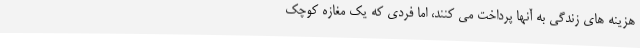
هزینه های زندگی به آنها پرداخت می کنند، اما فردی که یک مغازه کوچک